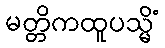
မတ္တိကထူပသ္မိံ